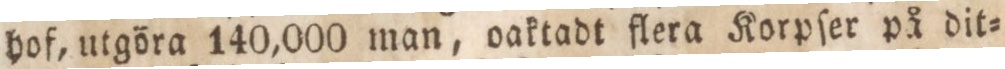
hof, utgöra 140,000 man, oaktadt flera Korpſer på dit=